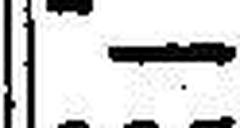
—.—